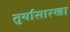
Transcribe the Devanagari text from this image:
तुर्यासारखा